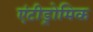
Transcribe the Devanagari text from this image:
एंटीड्रोमिक